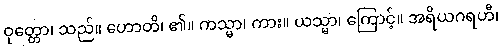
ဝုတ္တော၊ သည်။ ဟောတိ၊ ၏။ ကသ္မာ၊ ကား။ ယသ္မာ၊ ကြောင့်။ အရိယဂရဟီ၊